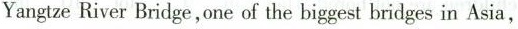
YangtzeRiver Bridge,one of the biggest bridges in Asia,